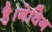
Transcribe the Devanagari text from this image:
है।गेविन